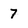
Character: 7